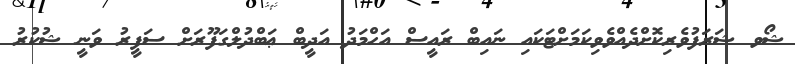
ޝޯވ ޝަރަފުވެރިކޮށްދެއްވެވިކަމަށްޓަކައި ނައިބް ރައީސް އަހްމަދު އަދީބް ޢަބްދުލްގަފޫރަށް ސަފީރު ވަނީ ޝުކުރު